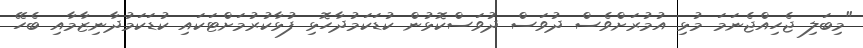
"މިބަލި ޖެހިއްޖެނަމަ މުޅި އުމުރަށްވެސް ދުވަސް ދުވަސްކޮޅުން ކުޑަކަމުދާހޮޅި ފުޅާކުރުމަށްޓަކައި ކުޑަކަމުދާނިޒާމާއި ބެހޭ